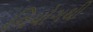
નિયોગથી